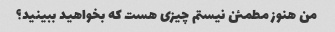
من هنوز مطمئن نیستم چیزی هست که بخواهید ببینید؟